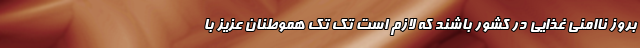
بروز ناامنی غذایی در کشور باشند که لازم است تک تک هموطنان عزیز با